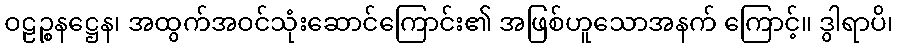
ဝဠဉ္စနဋ္ဌေန၊ အထွက်အဝင်သုံးဆောင်ကြောင်း၏ အဖြစ်ဟူသောအနက် ကြောင့်။ ဒွါရာပိ၊